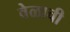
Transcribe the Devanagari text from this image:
वेळाची